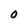
Character: 0